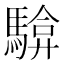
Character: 𮪓